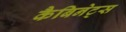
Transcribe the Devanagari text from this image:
कैबिनेट्स